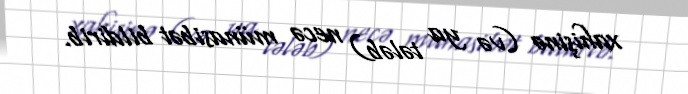
xahişinə (və ya tələb) necə münasibət bildirib.